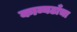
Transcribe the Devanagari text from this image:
काव्यढाँचा